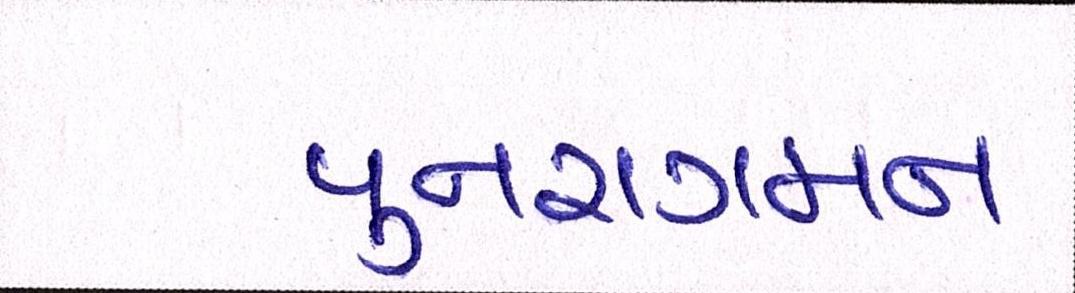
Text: પુનરાગમન